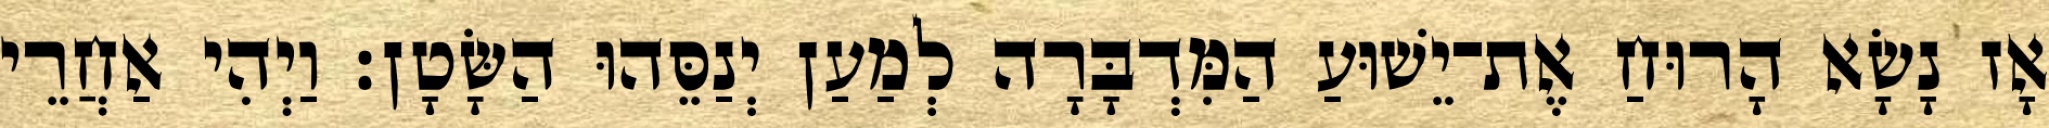
אָז נָשָׂא הָרוּחַ אֶת־יֵשׁוּעַ הַמִּדְבָּרָה לְמַעַן יְנַסֵּהוּ הַשָּׂטָן׃ וַיְהִי אַחֲרֵי